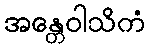
အန္တေဝါသိကံ